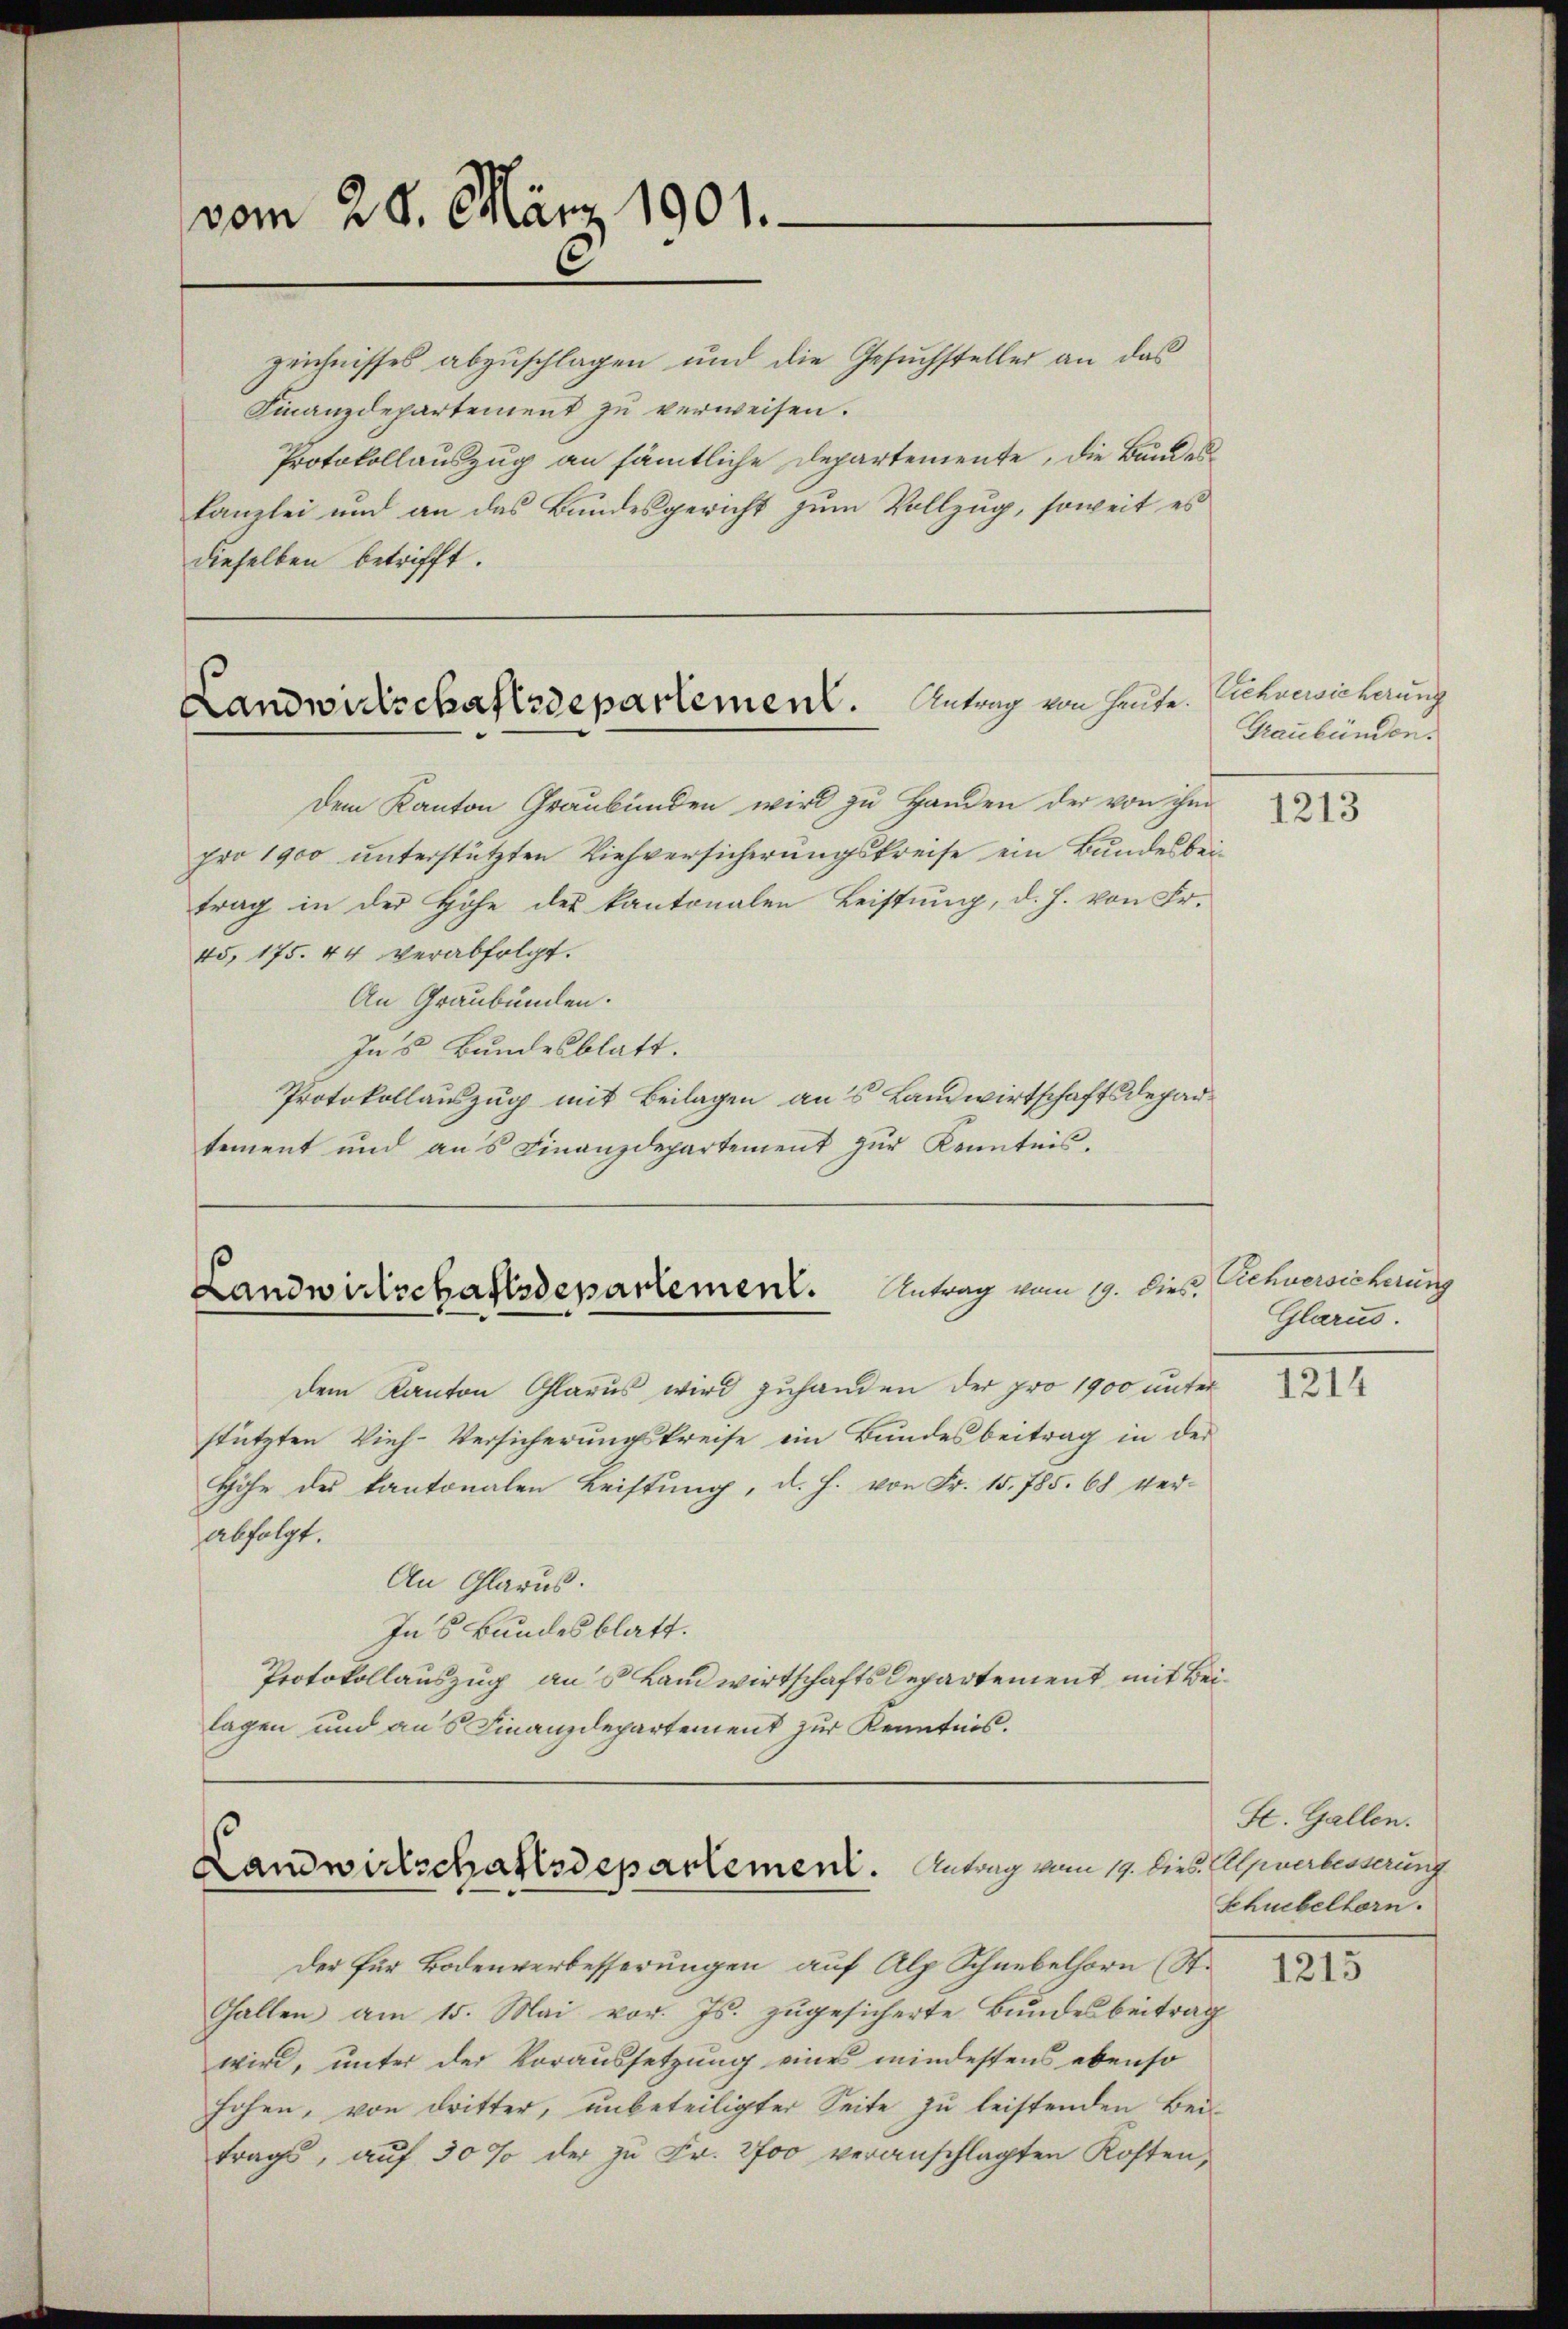
vom 28. März 1901.

zeichnisses abzuschlagen und die Gesuchsteller an das
Finanzdepartement zu verweisen.
Protokollauszug an sämtliche Departemente, die Bundeskanzlei und an das Bundesgericht zum Vollzug, soweit es
dieselben betrifft.

Landwirtschaftsdepartement. Antrag von heute.

Landwirtschaftsdepartement. Antrag vom 19. dies

dem Kanton Graubünden wird zu Handen der von ihm
pro 1900 unterstützten Viehversicherungskreise ein Bundesbeitrag in der Höhe des kantonalen Leistung, d. h. von Fr.
45, 175. 44 verabfolgt.
An Graubünden.
Ins Bundesblatt.
Protokollauszug mit Beilagen aus Landwirtschaftsdeparsement und ans Finanzdepartement zŭr Kenntnis.

dem Kanton Glarus wird zuhanden der pro 1900 unter
stützten Vieh-Versicherungskreise ein Bundesbeitrag in der
Höhe des Kantonalen Leistŭng, d. h. von Fr. 15. 785. 68 ver-
abfolgt.
An Glarus.
In’s Bundesblatt.
Protokollauszug aus Landwirtschaftsdepartement mit Beilagen und aus Finanzdepartement zur Kenntnis.

Landwirtschaftsdepartement. Antrag vom 19. dies. Anerbinderung

Der für Bodenverbesserungen auf Alp Schnebelhorn (St.
Gallen am 15. Mai vor. Js. zugesicherte Bundesbeitrag
wird, unter der Voraussetzung eines mindestens ebenso
hohen, von dritter, unbeteiligter Seite zu leistenden Bei
trags, auf 30 % der zu Fr. 2700 veranschlagten Kosten¬

Sichversicherung
Graubünden.

1213

Rehversicherung
Glarus.

1214

St. Gallen.
Schuebelhorn.

1215